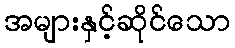
အများနှင့်ဆိုင်သော